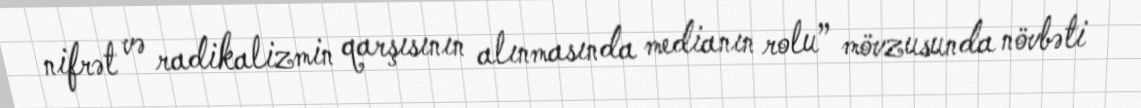
nifrət və radikalizmin qarşısının alınmasında medianın rolu” mövzusunda növbəti